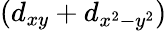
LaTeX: (d_{xy}+d_{x^{2}-y^{2}})